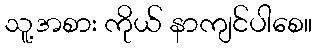
သူ့အစား ကိုယ် နာကျင်ပါစေ။